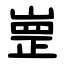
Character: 㟵